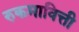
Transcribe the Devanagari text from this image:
रुकमावित्ती